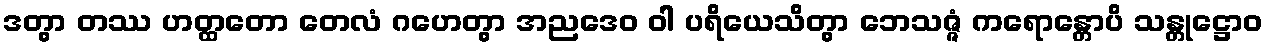
ဒတွာ တဿ ဟတ္ထတော တေလံ ဂဟေတွာ အညဒေဝ ဝါ ပရိယေသိတွာ ဘေသဇ္ဇံ ကရောန္တောပိ သန္တုဋ္ဌောဝ